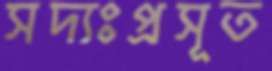
সদ্যঃপ্রসূত